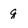
Character: g